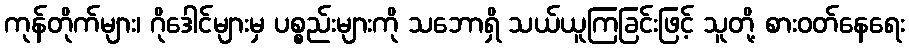
ကုန်တိုက်များ၊ ဂိုဒေါင်များမှ ပစ္စည်းများကို သဘောရှိ သယ်ယူကြခြင်းဖြင့် သူတို့ စားဝတ်နေရေး